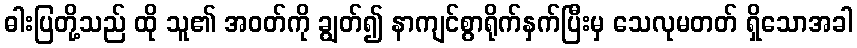
ဓါးပြတို့သည် ထို သူ၏ အဝတ်ကို ချွတ်၍ နာကျင်စွာရိုက်နှက်ပြီးမှ သေလုမတတ် ရှိသောအခါ